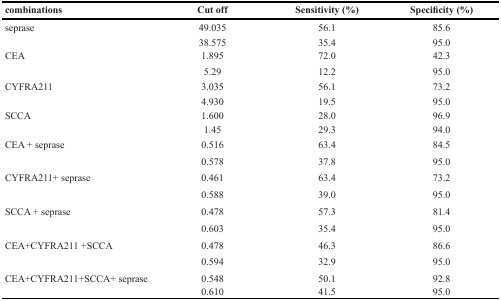
| combinations | Cut off | Sensitivity (%) | Specificity (%) |
 | --- | --- | --- | --- |
 | seprase | 49.035 | 56.1 | 85.6 |
 |  | 38.575 | 35.4 | 95.0 |
 | CEA | 1.895 | 72.0 | 42.3 |
 |  | 5.29 | 12.2 | 95.0 |
 | CYFRA211 | 3.035 | 56.1 | 73.2 |
 |  | 4.930 | 19.5 | 95.0 |
 | SCCA | 1.600 | 28.0 | 96.9 |
 |  | 1.45 | 29.3 | 94.0 |
 | CEA + seprase | 0.516 | 63.4 | 84.5 |
 |  | 0.578 | 37.8 | 95.0 |
 | CYFRA211+ seprase | 0.461 | 63.4 | 73.2 |
 |  | 0.588 | 39.0 | 95.0 |
 | SCCA + seprase | 0.478 | 57.3 | 81.4 |
 |  | 0.603 | 35.4 | 95.0 |
 | CEA+CYFRA211 +SCCA | 0.478 | 46.3 | 86.6 |
 |  | 0.594 | 32.9 | 95.0 |
 | CEA+CYFRA211+SCCA+ seprase | 0.548 | 50.1 | 92.8 |
 |  | 0.610 | 41.5 | 95.0 |